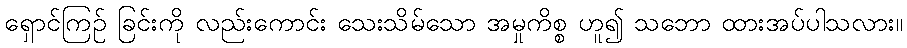
ရှောင်ကြဉ် ခြင်းကို လည်းကောင်း သေးသိမ်သော အမှုကိစ္စ ဟူ၍ သဘော ထားအပ်ပါသလား။